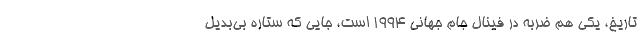
تاریخ، یکی هم ضربه در فینال جام جهانی 1994 است، جایی که ستاره بی‌بدیل